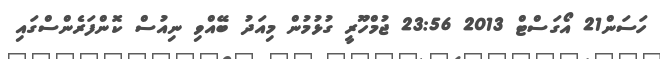
ހަސަން21 އޯގަސްޓް 2013 23:56 ޖުމްހޫރީ ގުޅުމުން މިއަދު ބޭއްވި ނިއުސް ކޮންފަރެންސްގައި